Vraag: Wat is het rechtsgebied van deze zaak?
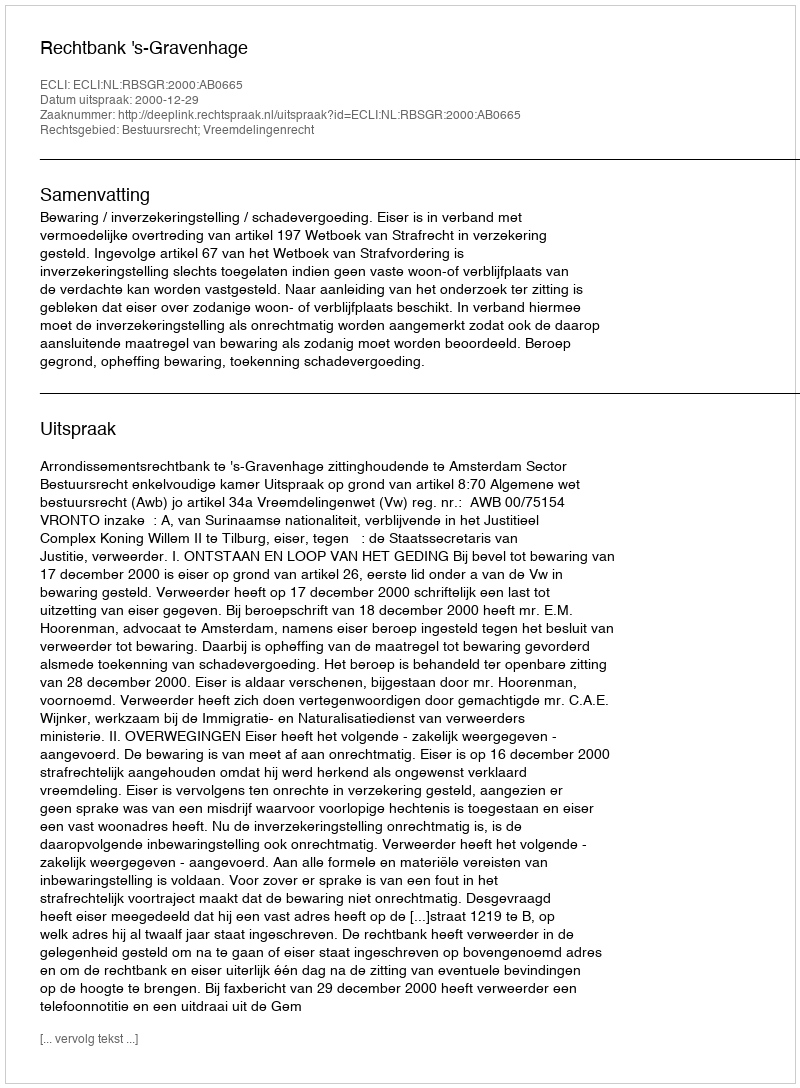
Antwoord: Bestuursrecht; Vreemdelingenrecht